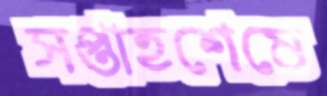
সপ্তাহশেষে